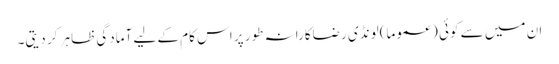
ان میں سے کوئی (عموما) لونڈی رضاکارانہ طور پر اس کام کے لیے آمادگی ظاہر کر دیتی۔